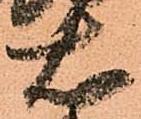
右